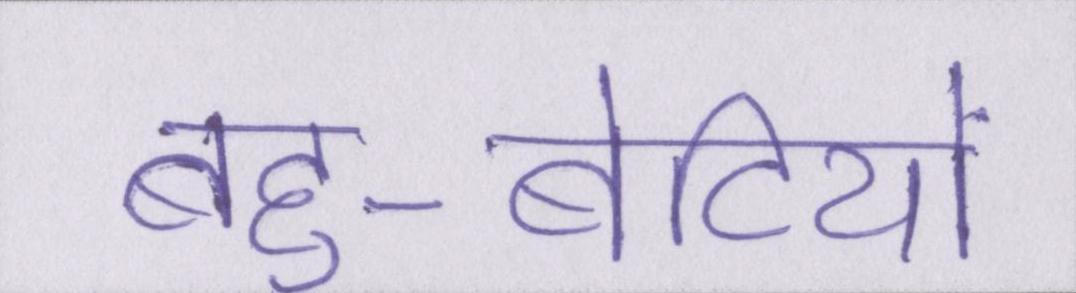
बहु-बेटियों